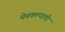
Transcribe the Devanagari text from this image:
मेचकल्याणी